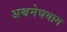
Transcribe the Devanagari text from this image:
अश्वमेघयाग